Leaving Certificate Examination (including Day School Certificate (Higher) General paper), 1926
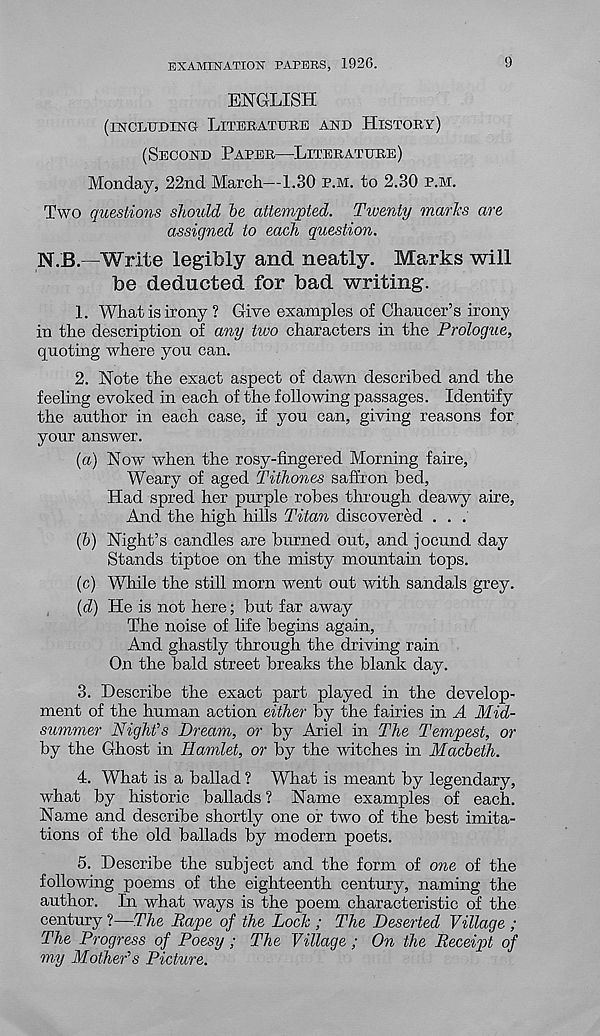
EXAMINATION PAPERS, 1926.
9
ENGLISH
(INCLUDING LITERATURE AND HISTORY)
(SECOND PAPER—LITERATURE)
Monday, 22nd March—1.30 P.M. to 2.30 P.M.
Two questions should he attempted. Tiventy marks are
assigned to each question.
N.B.—Write legibly and neatly. Marks will
be deducted for bad writing.
1. What is irony? Give examples of Chaucer’s irony
in the description of any two characters in the Prologue,
quoting where you can.
2. Note the exact aspect of dawn described and the
feeling evoked in each of the following passages. Identify
the author in each case, if you can, giving reasons for
your answer.
{a) Now when the rosy-fingered Morning faire,
Weary of aged Tithones saffron bed,
Had spred her purple robes through deawy aire,
And the high hills Titan discovered . . .
(&) Night’s candles are burned out, and jocund day
Stands tiptoe on the misty mountain tops.
(c) While the still morn went out with sandals grey.
{d) He is not here; but far away
The noise of life begins again,
And ghastly through the driving rain
On the bald street breaks the blank day.
3. Describe the exact part played in the develop-
ment of the human action either by the fairies in A Mid-
summer Night's Dream, or by Ariel in The Tempest, or
by the Ghost in Hamlet, or by the witches in Macbeth.
4. What is a ballad ? What is meant by legendary,
what by historic ballads? Name examples of each.
Name and describe shortly one or two of the best imita-
tions of the old ballads by modern poets.
5. Describe the subject and the form of one of the
following poems of the eighteenth century, naming the
author. In what ways is the poem characteristic of the
century ?—The Rape of the Lock ; The Deserted Village ;
The Progress of Poesy ; The Village ; On the Receipt of
my Mother's Picture.